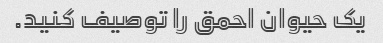
یک حیوان احمق را توصیف کنید.